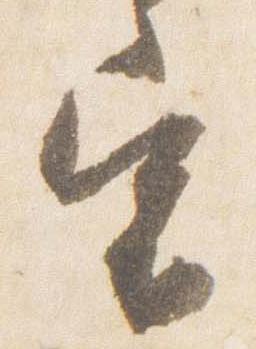
宿